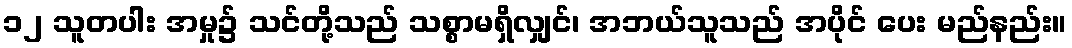
၁၂ သူတပါး အမှု၌ သင်တို့သည် သစ္စာမရှိလျှင်၊ အဘယ်သူသည် အပိုင် ပေး မည်နည်း။